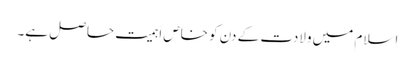
اِسلام میں ولادت کے دن کو خاص اَہمیت حاصل ہے۔